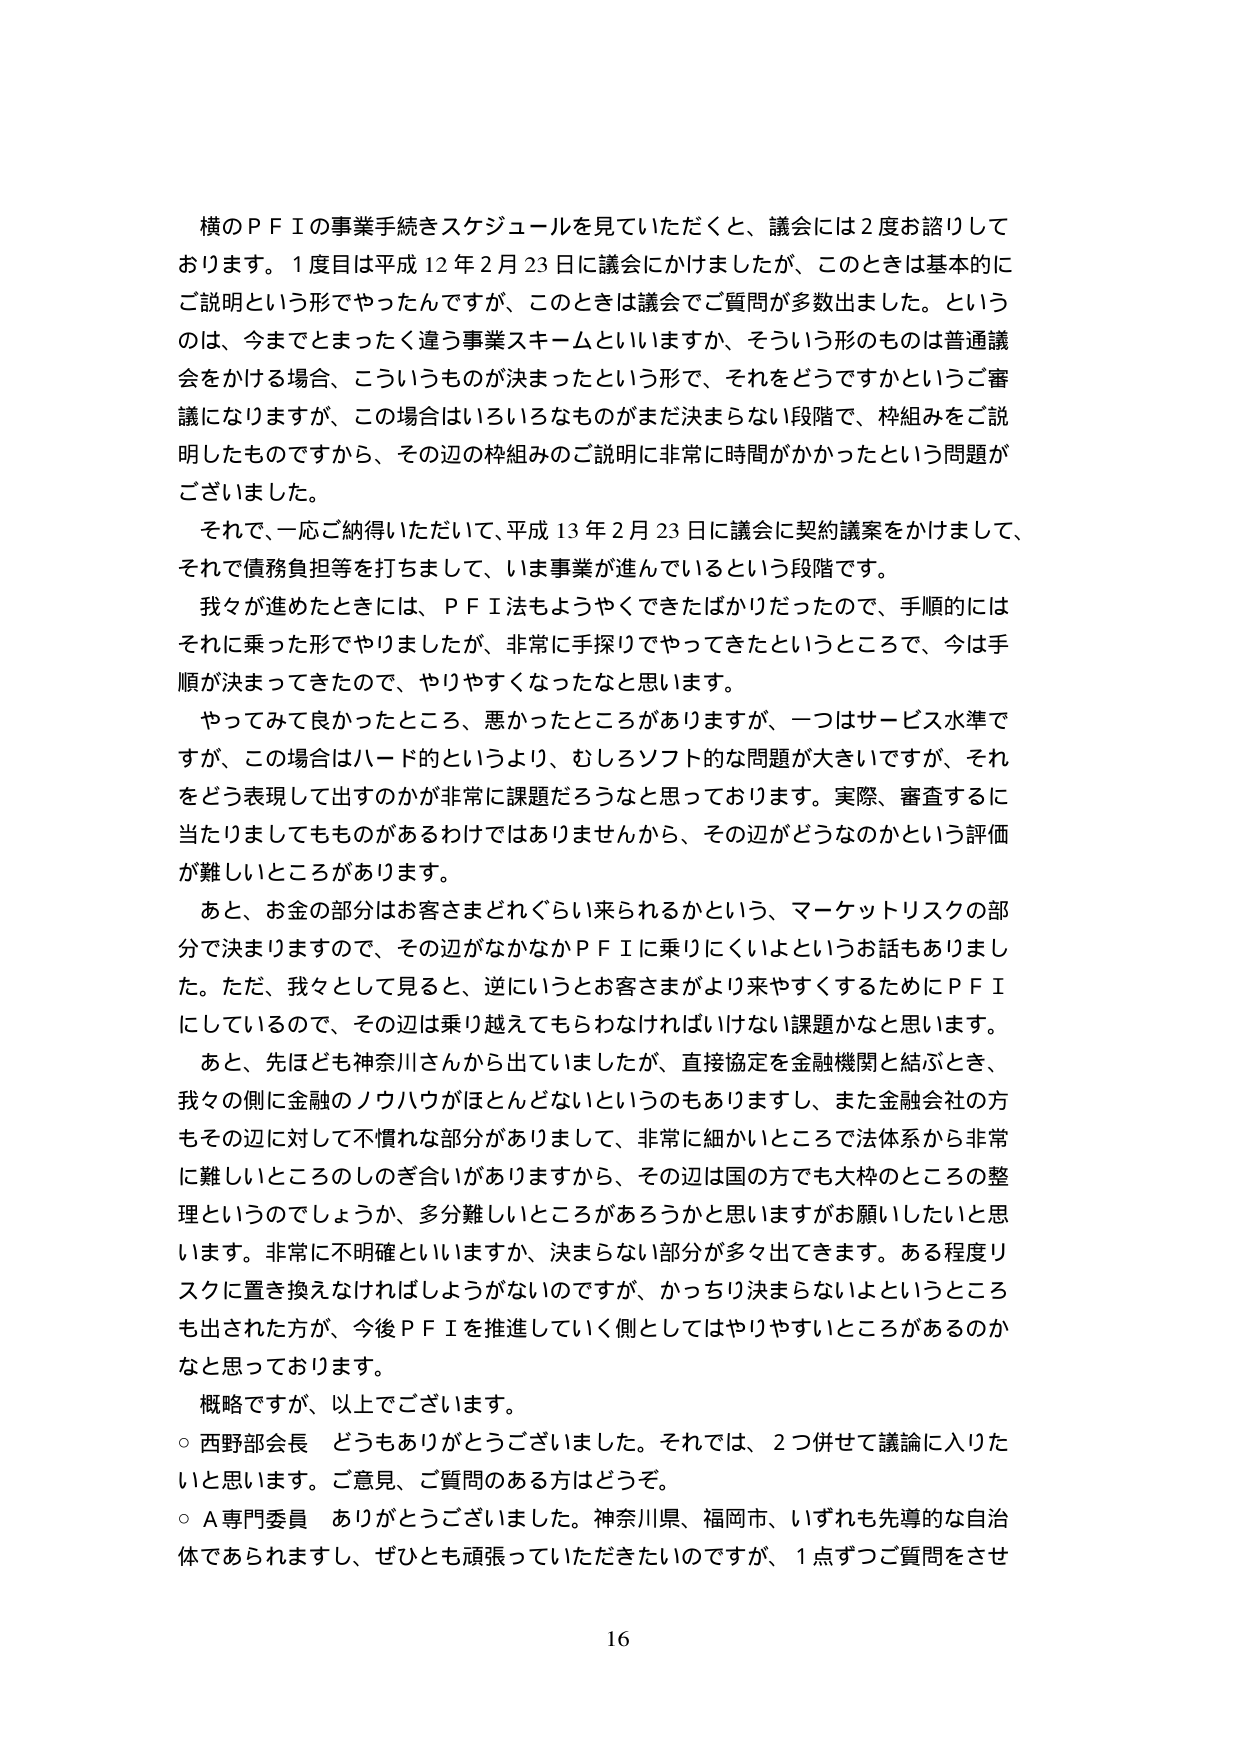
横のＰＦＩの事業手続きスケジュールを見ていただくと、議会には２度お諮りしております。１度目は平成12年2月23日に議会にかけましたが、このときは基本的にご説明という形でやったんですが、このときは議会でご質問が多数出ました。というのは、今までとまったく違う事業スキームといいますか、そういう形のものは普通議会をかける場合、こういうものが決まったという形で、それをどうですかというご審議になりますが、この場合はいろいろなものがまだ決まらない段階で、枠組みをご説明したものですから、その辺の枠組みのご説明に非常に時間がかかったという問題がございました。

それて、一応ご納得いただいて、平成13年2月23日に議会に契約議案をかけまして、それで債務負担等を打ちまして、いま事業が進んでいるという段階です。

我々が進めたときには、ＰＦＩ法もようやくできたばかりだったので、手順的にはそれに乗った形でやりましたが、非常に手探りでやってきたというところで、今は手順が決まってきてるので、やりやすくなったなと思います。

やってみて良かったところ、悪かったところがありますが、一つはサービス水準ですが、この場合はハード的というより、むしろソフト的な問題が大きいですが、それをどう表現して出すのかが非常に課題だろうなと思っております。実際、審査するに当たりましてもものがあるわけではありませんから、その辺がどうなのかという評価が難しいところがあります。

あと、お金の部分はお客さまどれぐらい来られるかという、マーケットリスクの部分で決まりますので、その辺がなかなかＰＦＩに乗りにくいよというお話もありました。ただ、我々として見ると、逆にいうとお客さまがより来やすくするためにＰＦＩにしているので、その辺は乗り越えてもらわなければいけない課題かなと思います。

あと、先ほども神奈川さんから出ていましたが、直接協定を金融機関と結ぶとき、我々の側に金融のノウハウがほとんどないというのもありますし、また金融会社の方もその辺に対して不慣れな部分がありまして、非常に細かいところで法体系から非常に難しいところのしご合いがありますから、その辺は国の方でも大枠のところの整理というのでしょうか、多分難しいところがあるろうかと思いますがお願いしたいと思います。非常に不明確といいますか、決まらない部分が多々出てきます。ある程度リスクに置き換えなければならないのですが、かっちり決まらないよというところも出された方が、今後ＰＦＩを推進していく側としてはやりやすいところがあるのかなと思っております。

概略ですが、以上でございます。

○ 西野部会長 どうもありがとうございました。それでは、２つ併せて議論に入りたいと思います。ご意見、ご質問のある方はどうぞ。

○ Ａ専門委員 ありがとうございました。神奈川県、福岡市、いずれも先導的な自治体であられますし、ぜひとも頑張っていただきたいのですが、１点ずつご質問をさせ

16